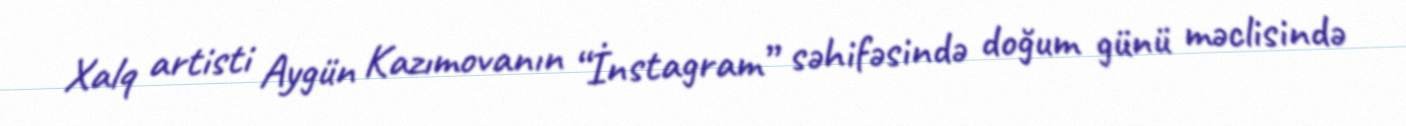
Xalq artisti Aygün Kazımovanın “İnstagram” səhifəsində doğum günü məclisində